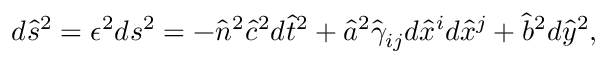
d \hat { s } ^ { 2 } = \epsilon ^ { 2 } d s ^ { 2 } = - \hat { n } ^ { 2 } \hat { c } ^ { 2 } d \hat { t } ^ { 2 } + \hat { a } ^ { 2 } \hat { \gamma } _ { i j } d \hat { x } ^ { i } d \hat { x } ^ { j } + \hat { b } ^ { 2 } d \hat { y } ^ { 2 } ,